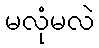
မလုံမလဲ